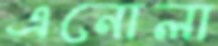
এনোলা